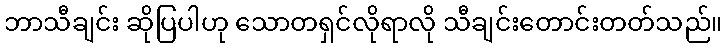
ဘာသီချင်း ဆိုပြပါဟု သောတရှင်လိုရာလို သီချင်းတောင်းတတ်သည်။